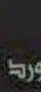
ورات